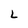
Character: L